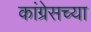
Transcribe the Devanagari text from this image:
कांग्रेसच्या